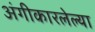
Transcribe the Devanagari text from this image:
अंगीकारलेल्या